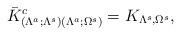
LaTeX: \begin{gather*}\bar K^c_{(\Lambda^a;\Lambda^s) (\Lambda^a;\Omega^s)}=K_{\Lambda^s,\Omega^s},\end{gather*}